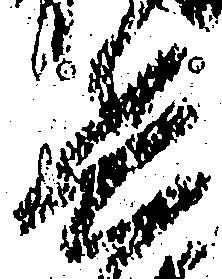
兵